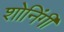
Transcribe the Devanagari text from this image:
शोनिंगी